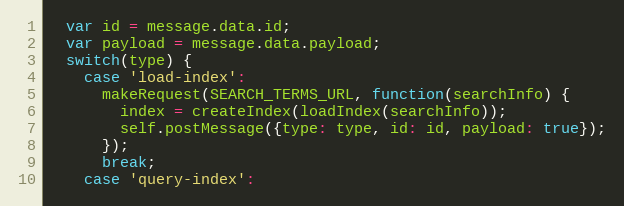
Language: JavaScript
  var id = message.data.id;
  var payload = message.data.payload;
  switch(type) {
    case 'load-index':
      makeRequest(SEARCH_TERMS_URL, function(searchInfo) {
        index = createIndex(loadIndex(searchInfo));
        self.postMessage({type: type, id: id, payload: true});
      });
      break;
    case 'query-index':